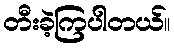
တီးခဲ့ကြပါတယ်။